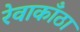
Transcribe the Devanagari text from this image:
रेवाकाँठा